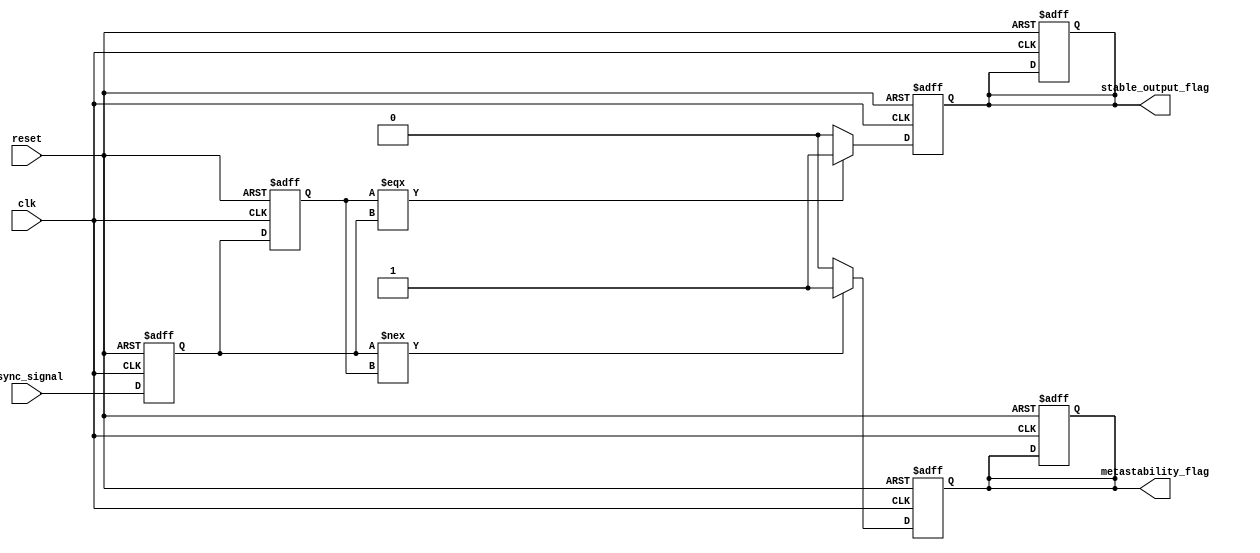
module metastability_detector (
    input wire clk,                // Clock signal
    input wire reset,              // Reset signal
    input wire async_signal,       // Asynchronous input signal
    output reg metastability_flag, // Flag indicating metastability detected
    output reg stable_output_flag   // Flag indicating stable output
);

    // Internal signals for latches
    reg latch1_out;                // Output of the first latch
    reg latch2_out;                // Output of the second latch

    // Latch-based sampling
    always @(posedge clk or posedge reset) begin
        if (reset) begin
            latch1_out <= 1'b0;
            latch2_out <= 1'b0;
            metastability_flag <= 1'b0;
            stable_output_flag <= 1'b0;
        end else begin
            // Sample the asynchronous signal with the first latch
            latch1_out <= async_signal;
            // Sample the output of the first latch with the second latch
            latch2_out <= latch1_out;
        end
    end

    // Metastability detection logic
    always @(posedge clk or posedge reset) begin
        if (reset) begin
            metastability_flag <= 1'b0;
            stable_output_flag <= 1'b0;
        end else begin
            // Check for metastability condition
            if (latch1_out !== latch2_out) begin
                metastability_flag <= 1'b1; // Metastability detected
            end else begin
                metastability_flag <= 1'b0; // No metastability
            end

            // Check if the output has stabilized
            if (latch2_out === latch1_out) begin
                stable_output_flag <= 1'b1; // Output is stable
            end else begin
                stable_output_flag <= 1'b0; // Output is not stable
            end
        end
    end

endmodule